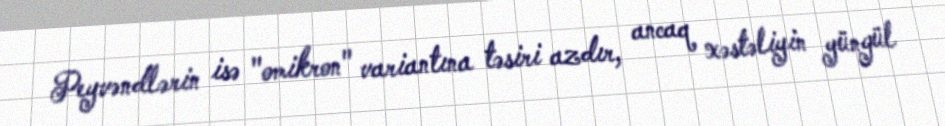
Peyvəndlərin isə "omikron" variantına təsiri azdır, ancaq xəstəliyin yüngül